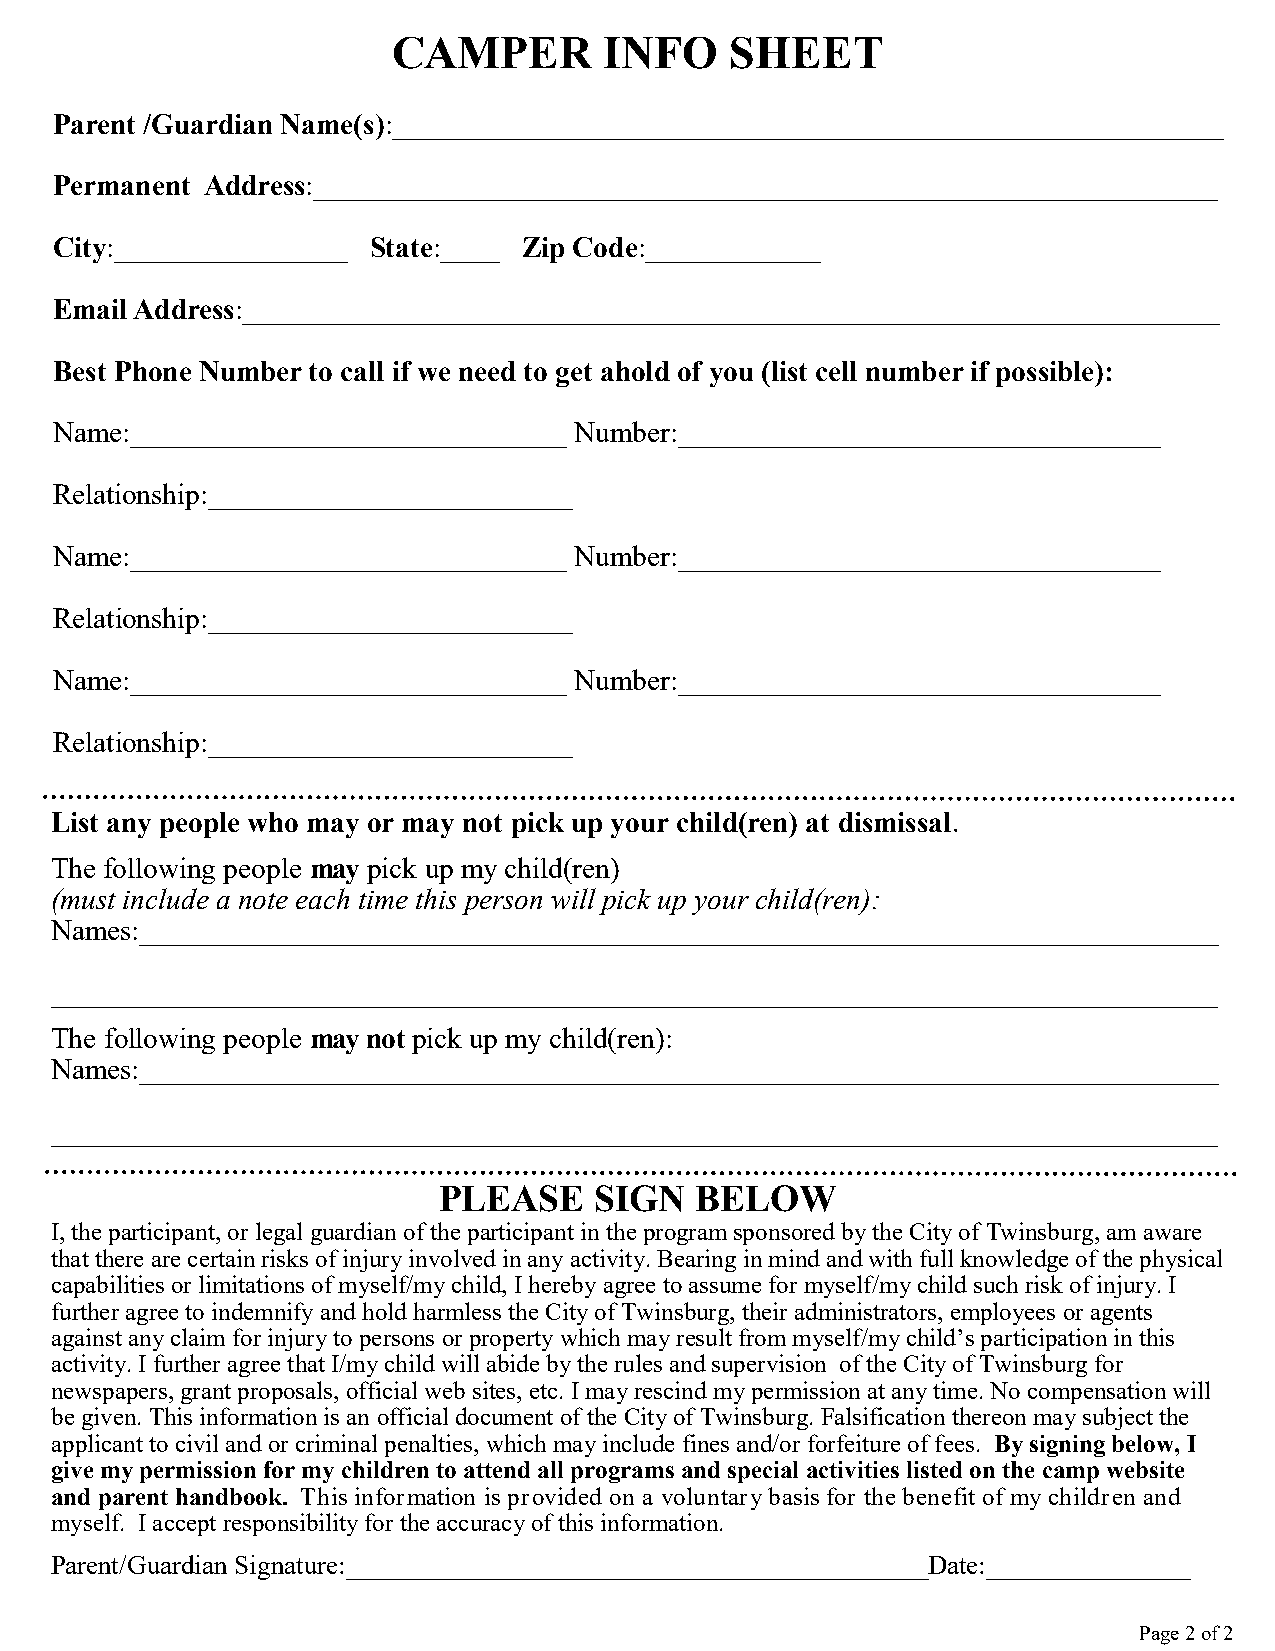
CAMPER        INFO    SHEET
 Parent /Guardian Name(s):_________________________________________________________
 Permanent Address:______________________________________________________________
 City:________________ State:____ Zip Code:____________
 Email Address:___________________________________________________________________
 Best Phone Number to call if we need to get ahold of you (list cell number if possible):
 Name:______________________________ Number:_________________________________
 Relationship:_________________________
 Name:______________________________ Number:_________________________________
 Relationship:_________________________
 Name:______________________________ Number:_________________________________
 Relationship:_________________________
 List any people who may or may not pick up your child(ren) at dismissal.
 The following people may pick up my child(ren)
 (must include a note each time this person will pick up your child(ren):
 Names:__________________________________________________________________________
 ________________________________________________________________________________
 The following people may not pick up my child(ren):
 Names:__________________________________________________________________________
 ________________________________________________________________________________
 PLEASE    SIGN   BELOW
 I, the participant, or legal guardian of the participant in the program sponsored by the City of Twinsburg, am aware
 that there are certain risks of injury involved in any activity. Bearing in mind and with full knowledge of the physical
 capabilities or limitations of myself/my child, I hereby agree to assume for myself/my child such risk of injury. I
 further agree to indemnify and hold harmless the City of Twinsburg, their administrators, employees or agents
 against any claim for injury to persons or property which may result from myself/my child’s participation in this
 activity. I further agree that I/my child will abide by the rules and supervision of the City of Twinsburg for
 newspapers, grant proposals, official web sites, etc. I may rescind my permission at any time. No compensation will
 be given. This information is an official document of the City of Twinsburg. Falsification thereon may subject the
 applicant to civil and or criminal penalties, which may include fines and/or forfeiture of fees. By signing below, I
 give my permission for my children to attend all programs and special activities listed on the camp website
 and parent handbook. This information is provided on a voluntary basis for the benefit of my children and
 myself. I accept responsibility for the accuracy of this information.
 Parent/Guardian Signature:___________________________________________Date:_______________
 Page 2 of 2